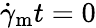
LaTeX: \dot{\gamma}_{\mathrm{m}}t=0